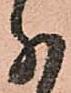
分